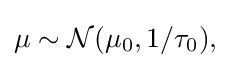
{\textstyle \mu \sim {\mathcal {N}}(\mu _{0},1/\tau _{0}),}